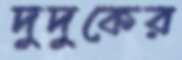
দুদুকের